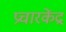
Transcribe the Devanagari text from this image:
प्रचारकेंद्र